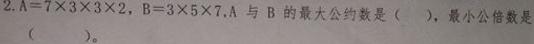
2.$A = 7\times3\times3\times2$, $B = 3\times5\times7$, $A$ 与 $B$ 的最大公约数是（  ），最小公倍数是（  ）。